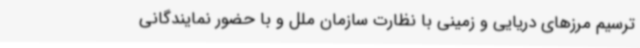
ترسیم مرزهای دریایی و زمینی با نظارت سازمان ملل و با حضور نمایندگانی